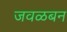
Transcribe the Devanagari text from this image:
जवळबन